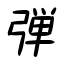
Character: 弾